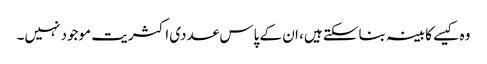
وہ کیسے کابینہ بناسکتے ہیں، ان کے پاس عددی اکثریت موجود نہیں۔